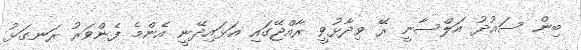
ބިން ސައުދު އަލްސާނީ ރޭ ވިދާޅުވީ ރާއްޖޭގައި އަޅައިދޭނީ އެންމެ ފެންވަރު ރަނގަޅު